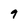
Character: 9